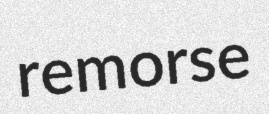
remorse